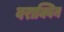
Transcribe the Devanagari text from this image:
वराक्विन